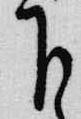
下